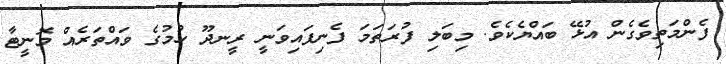
ފެންމަތިވެގެން އުޅޭ ބައްޔެކެވެ. މިބަލި ފުރަތަމަ ފެނިފައިވަނީ ރީނދޫ ހުމުގެ ވައްތަރެއް މޮނީޓާ